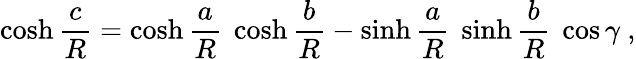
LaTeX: \cosh{\frac{c}{R}}=\cosh{\frac{a}{R}}\ \cosh{\frac{b}{R}}-\sinh{\frac{a}{R}}\ \sinh{\frac{b}{R}}\ \cos\gamma\ ,